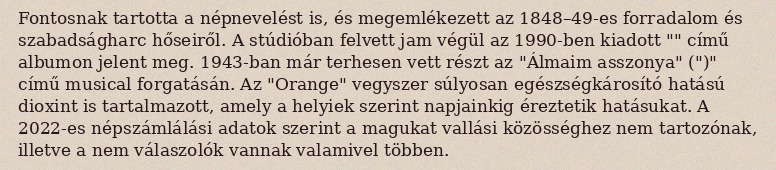
Fontosnak tartotta a népnevelést is, és megemlékezett az 1848–49-es forradalom és szabadságharc hőseiről. A stúdióban felvett jam végül az 1990-ben kiadott "" című albumon jelent meg. 1943-ban már terhesen vett részt az "Álmaim asszonya" (")" című musical forgatásán. Az "Orange" vegyszer súlyosan egészségkárosító hatású dioxint is tartalmazott, amely a helyiek szerint napjainkig éreztetik hatásukat. A 2022-es népszámlálási adatok szerint a magukat vallási közösséghez nem tartozónak, illetve a nem válaszolók vannak valamivel többen.